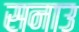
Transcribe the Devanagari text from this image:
सनाउ